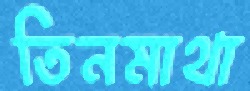
তিনমাথা